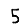
Digit: 5